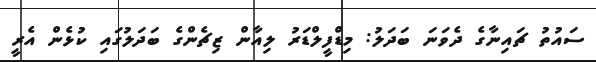
ސައުތު ޗައިނާގެ ދެވަނަ ބަދަލު: މިޑްފީލްޑަރު ލިއާން ޒިޗެންގެ ބަދަލުގައި ކުޅެން އެރީ